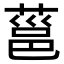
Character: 𮐞